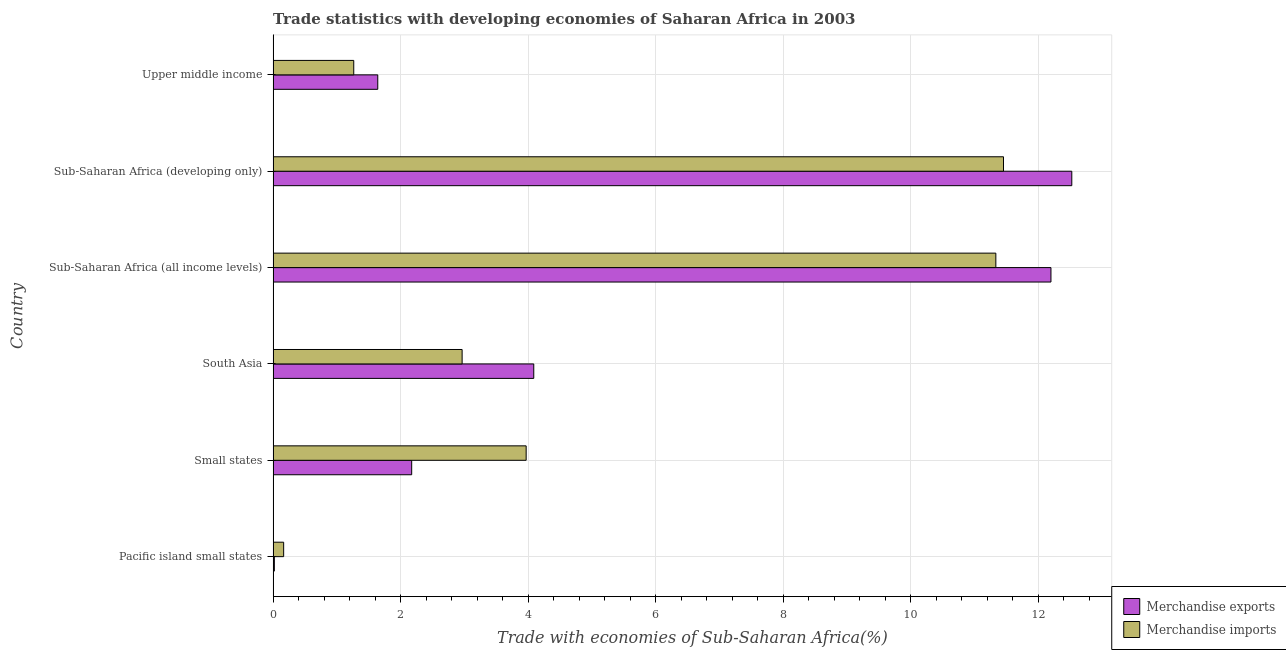
| Country | Merchandise exports | Merchandise imports |
 | --- | --- | --- |
 | Pacific island small states | 0.0193 | 0.165 |
 | Small states | 2.17 | 3.97 |
 | South Asia | 4.09 | 2.96 |
 | Sub-Saharan Africa (all income levels) | 12.2 | 11.3 |
 | Sub-Saharan Africa (developing only) | 12.5 | 11.5 |
 | Upper middle income | 1.64 | 1.26 |